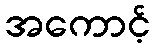
အကောင့်